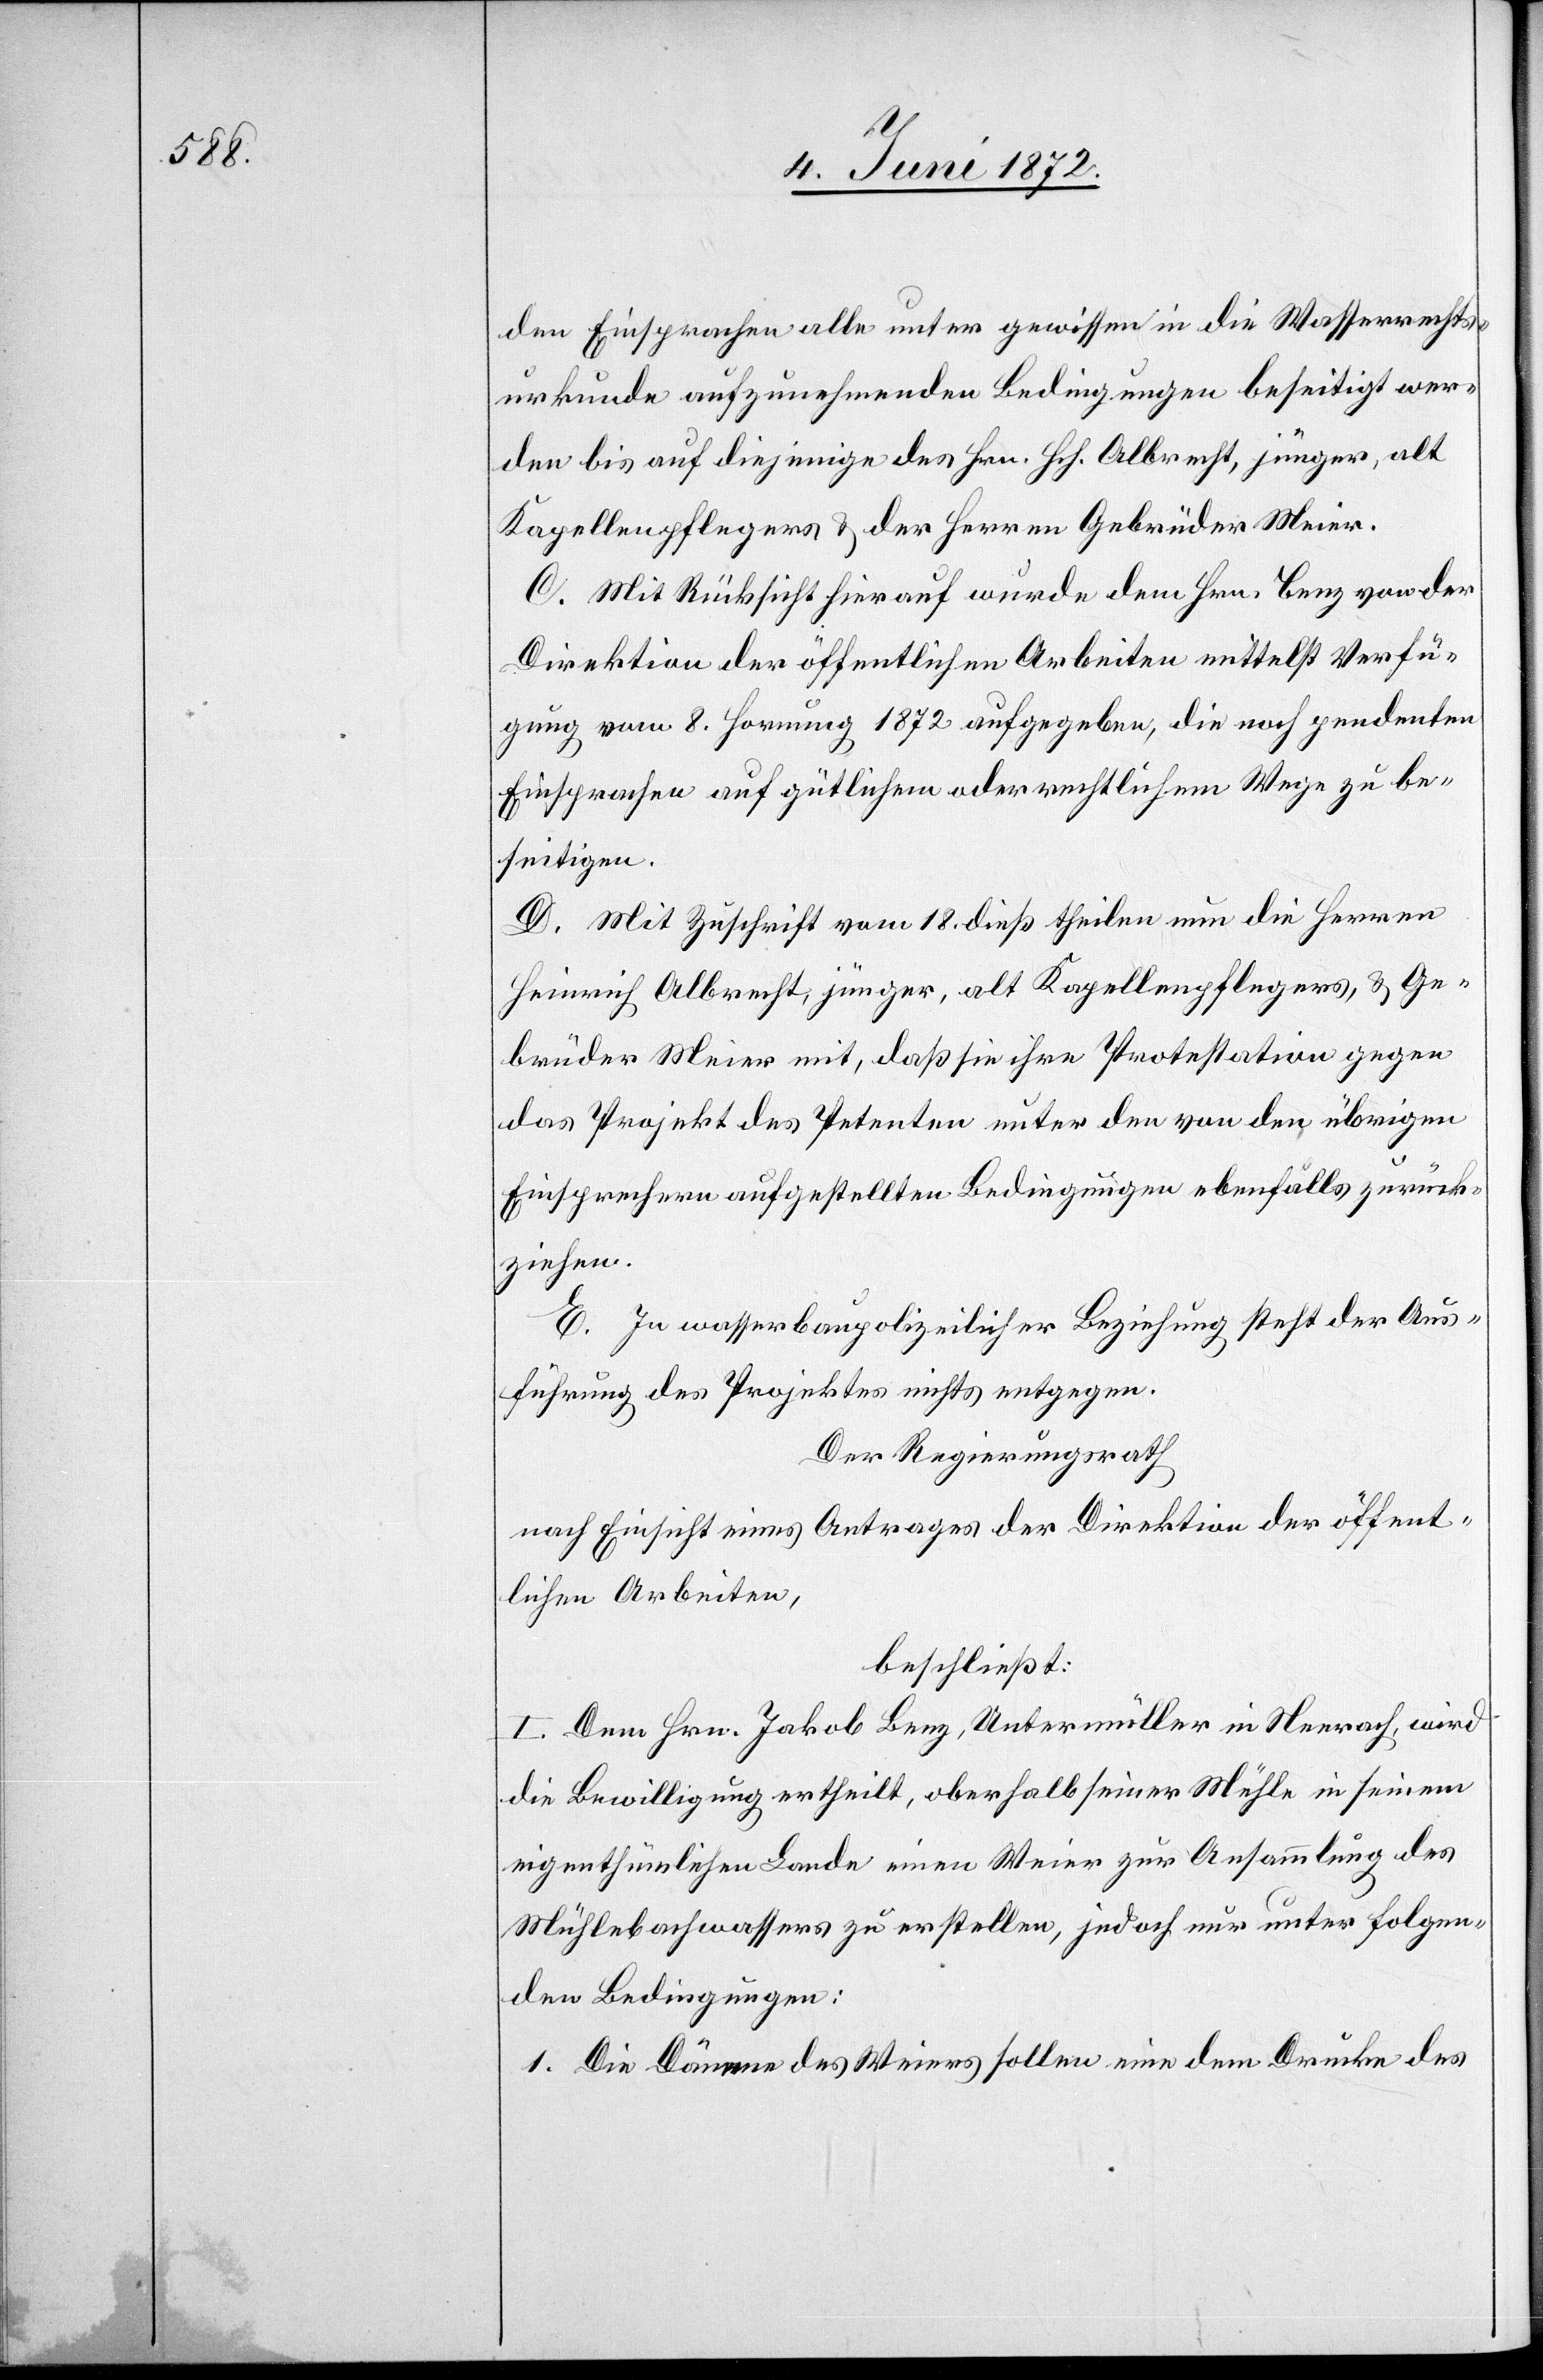
den Einsprachen alle unter gewissen in die Wasserrechts¬
urkunde aufzunehmenden Bedingungen beseitigt wer¬
den bis auf diejenige des Hrn. Hch. Albrecht, jünger, alt
Kapellenpflegers u. der Herren Gebrüder Meier.
C. Mit Rücksicht hierauf wurde dem Hrn. Benz von der
Direktion der öffentlichen Arbeiten mittelst Verfü¬
gung vom 8. Hornung 1872 aufgegeben, die noch pendenten
Einsprachen auf gütlichem oder rechtlichem Wege zu be¬
seitigen.
D. Mit Zuschrift vom 18. dieß theilen nun die Herren
Heinrich Albrecht, jünger, alt Kapellenpflegers, u. Ge¬
brüder Meier mit, daß sie ihre Protestation gegen
das Projekt des Petenten unter den von den übrigen
Einsprechern aufgestellten Bedingungen ebenfalls zurück¬
ziehen.
E. In wasserbaupolizeilicher Beziehung steht der Aus¬
führung des Projektes nichts entgegen.
Der Regierungsrath
nach Einsicht eines Antrages der Direktion der öffent¬
lichen Arbeiten,
beschließt:
I. Dem Hrn. Jakob Benz, Untermüller in Neerach, wird
die Bewilligung ertheilt, oberhalb seiner Mühle in seinem
eigenthümlichen Lande einen Weier zur Ansammlung des
Mühlebachwassers zu erstellen, jedoch nur unter folgen¬
den Bedingungen:
1. Die Dämme des Weiers sollen eine dem Drucke des